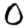
Digit: 0